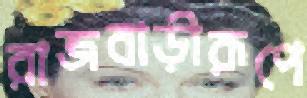
রাজবাড়ীরূপে